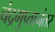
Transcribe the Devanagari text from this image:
चंद्रगुप्तानंतर